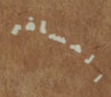
المسافر